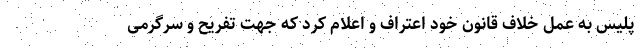
پلیس به عمل خلاف قانون خود اعتراف و اعلام کرد که جهت تفریح و سرگرمی